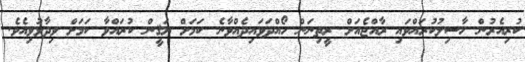
ކުރިއެރުން ހާސިލުކުރައްވައި ރާއްޖެއަށް ރީތިނަން ހޯއްދަވައިދެއްވާނެ ކަމަށް ޔަޤީން ކުރައްވާ ކަމަށް ވިދާޅުވިއެވެ.